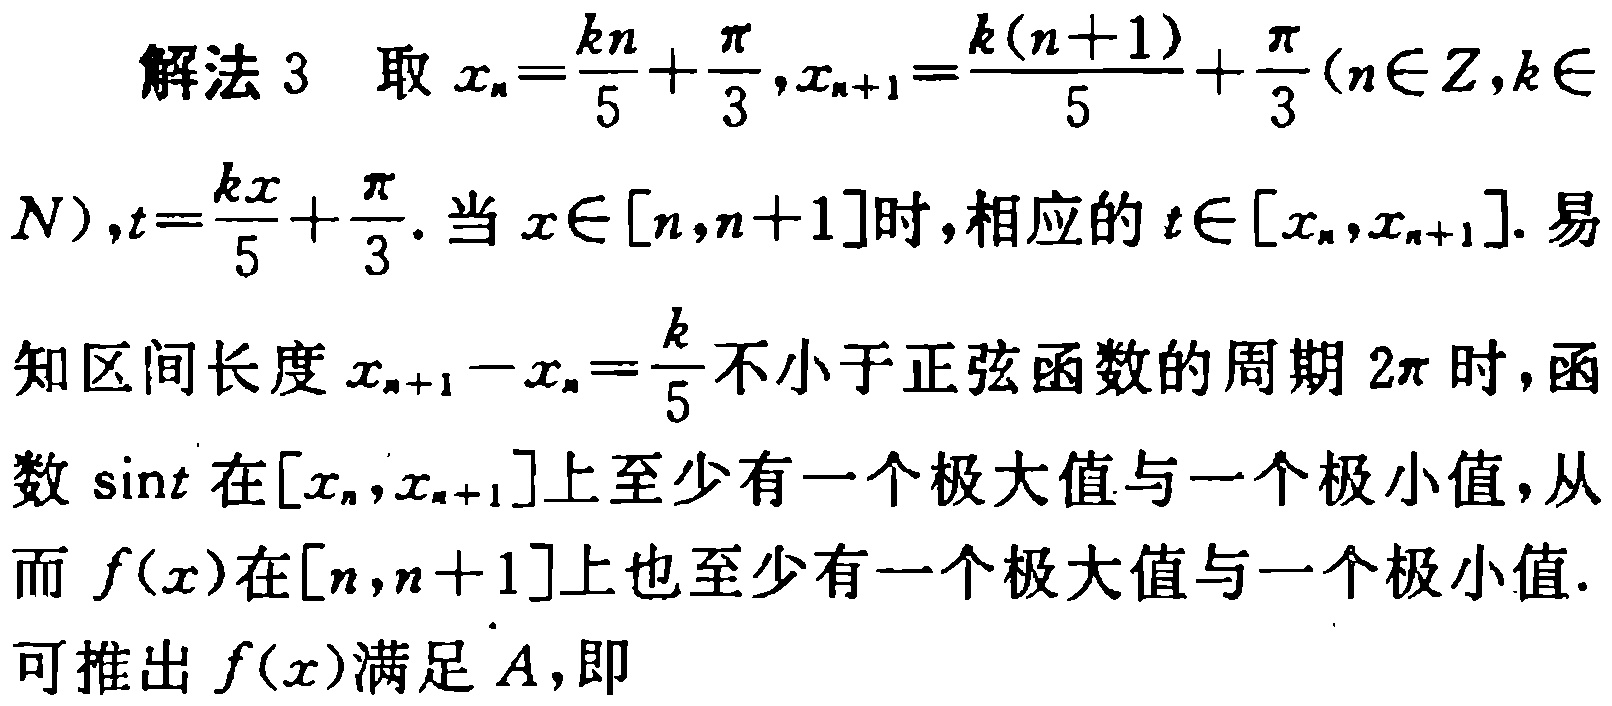
解法 3 取 \(x_{n}=\frac{kn}{5}+\frac{\pi}{3},x_{n + 1}=\frac{k(n + 1)}{5}+\frac{\pi}{3}(n\in\mathbb{Z},k\in\mathbb{N}),t=\frac{kx}{5}+\frac{\pi}{3}\). 当 \(x\in[n,n + 1]\)时，相应的 \(t\in[x_{n},x_{n + 1}]\). 易知区间长度 \(x_{n + 1}-x_{n}=\frac{k}{5}\)不小于正弦函数的周期 \(2\pi\)时，函数 \(\sin t\)在\([x_{n},x_{n + 1}]\)上至少有一个极大值与一个极小值，从而 \(f(x)\)在\([n,n + 1]\)上也至少有一个极大值与一个极小值. 可推出 \(f(x)\)满足 \(A\)，即